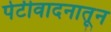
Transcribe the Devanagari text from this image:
पेटीवादनातून